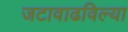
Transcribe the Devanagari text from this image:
जटावाढविल्या